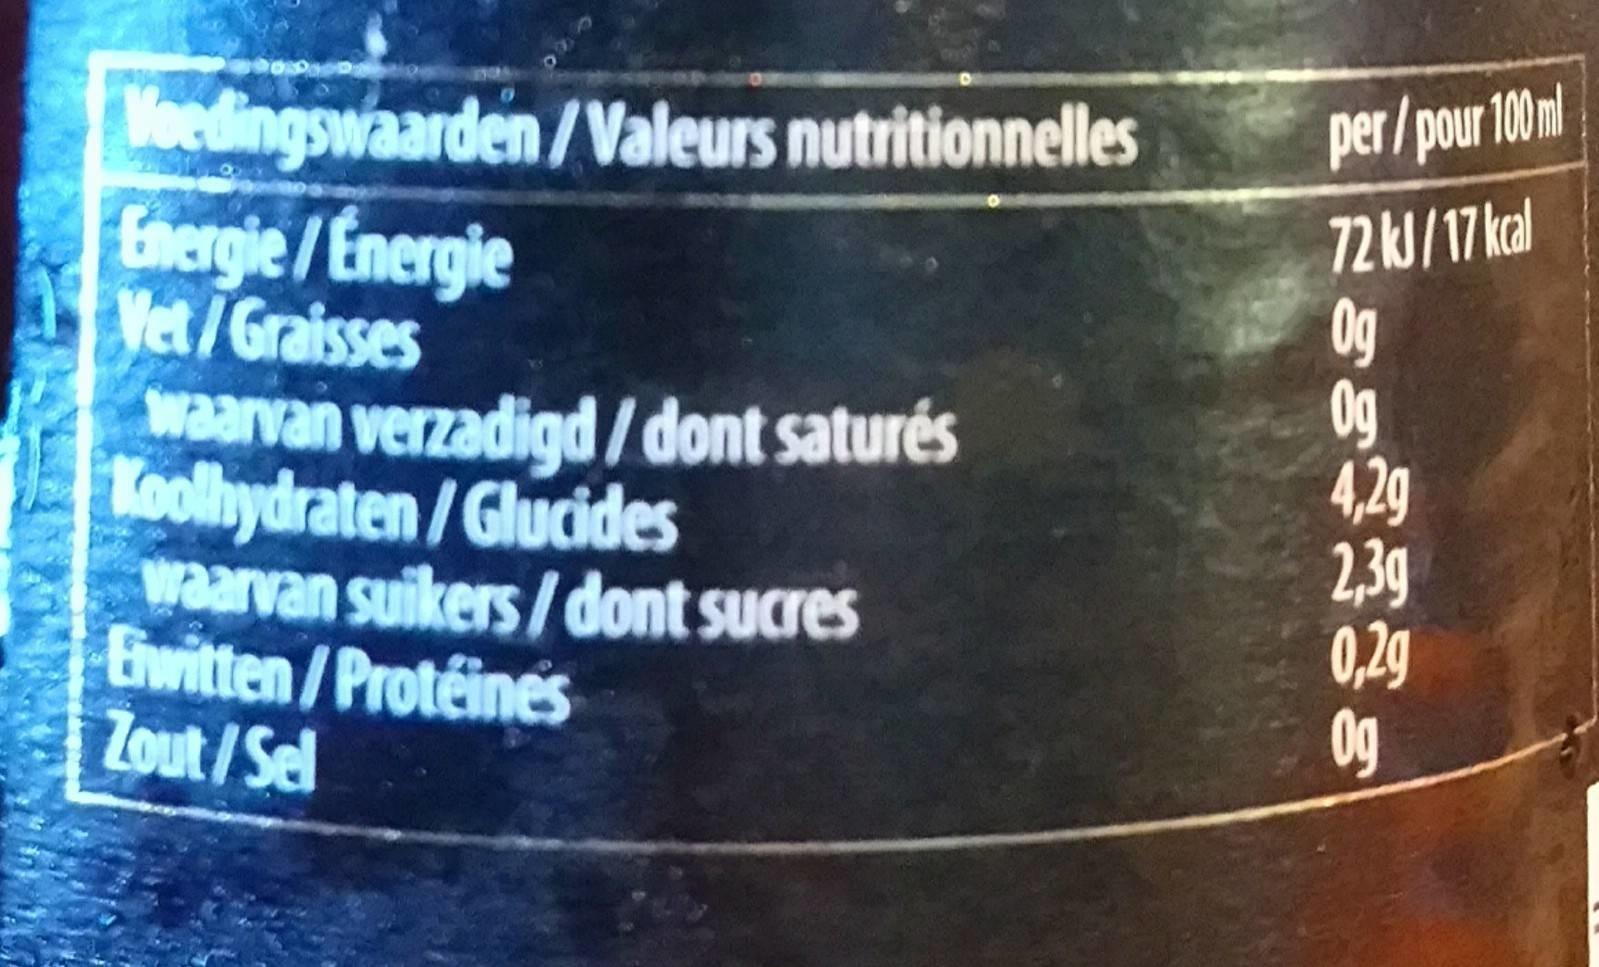
Moedingswaarden/Valeurs nutritionnelles Energie /Energie Vet/Graisses waarvan verzadigd /dont saturés Toolhydraten/Glucides waarvan suikers/dont sucres Ewitten/Protéines Zout/Sel
per/pour 100ml
72KJ/17kal 0g Og 4,2g 2,3g 0,29 0g